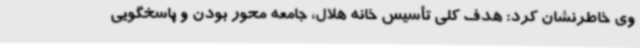
وی خاطرنشان کرد: هدف کلی تأسیس خانه هلال، جامعه محور بودن و پاسخگویی